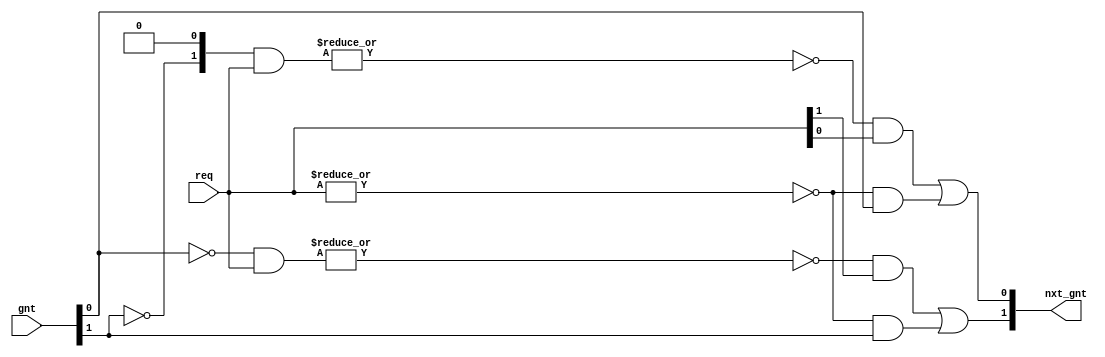
/**
 * This file is part of OpTiMSoC.
 * 
 * OpTiMSoC is free hardware: you can redistribute it and/or modify
 * it under the terms of the GNU Lesser General Public License as 
 * published by the Free Software Foundation, either version 3 of 
 * the License, or (at your option) any later version.
 *
 * As the LGPL in general applies to software, the meaning of
 * "linking" is defined as using the OpTiMSoC in your projects at
 * the external interfaces.
 * 
 * OpTiMSoC is distributed in the hope that it will be useful,
 * but WITHOUT ANY WARRANTY; without even the implied warranty of
 * MERCHANTABILITY or FITNESS FOR A PARTICULAR PURPOSE.  See the
 * GNU General Public License for more details.
 *
 * You should have received a copy of the GNU Lesser General Public 
 * License along with OpTiMSoC. If not, see <http://www.gnu.org/licenses/>.
 * 
 * =================================================================
 
 * This is a round-robin arbiter for N participants, which is a
 * parameter. The arbiter itself contains no register but is purely
 * combinational which allows for various use cases. It simply
 * calculates the next grant (nxt_gnt) based on the current grant
 * (gnt) and the requests (req).
 *
 * That means, the gnt should in general be a register and especially
 * there must be no combinational path from nxt_gnt to gnt!
 *
 * The normal usage is something like registering the gnt from
 * nxt_gnt. Furthermore it is important that the gnt has an initial
 * value which also must be one hot!
 * 
 * (c) 2013 by the author(s)
 * 
 * Author(s): 
 *    Stefan Wallentowitz, stefan.wallentowitz@tum.de
 */


module wb_interconnect_arb_rr(/*AUTOARG*/
   // Outputs
   nxt_gnt,
   // Inputs
   req, gnt
   );

   /* User parameters */
   // Number of participants
   parameter N = 2;

   /* Ports */
   // Request
   input [N-1:0] req;
   // Current grant
   input [N-1:0] gnt;
   // Next grant
   output [N-1:0] nxt_gnt;

   // Sanity check
   // synthesis translate_off
   always @(*)
     if (~^gnt)
       $fatal("signal <gnt> must always be one hot!");
   // synthesis translate_on
     
   
   // At a first glance, the computation of the nxt_gnt signal looks
   // strange, but the principle is easy:
   //
   //  * For each participant we compute a mask of width N. Based on
   //    the current gnt signal the mask contains a 1 at the position
   //    of other participants that will be served in round robin
   //    before the participant in case they request it.
   //
   //  * The mask is 0 on all positions for the participant "left" of
   //    the currently granted participant as no other has precedence
   //    over this one. The mask has all one except the participant
   //    itself for the currently arbitrated participant.
   //
   //  * From the mask and the request the nxt_gnt is calculated,
   //    roughly said as: if there is no other participant which has a
   //    higher precedence that also requests, the participant gets
   //    granted.
   //
   // Example 1:
   //  req     = 1010
   //  gnt     = 1000
   //  nxt_gnt = 0010
   //
   //  mask[0] = 0000
   //  mask[1] = 0001
   //  mask[2] = 0011
   //  mask[3] = 0111
   //   
   // Example 2:
   //  req     = 1010
   //  gnt     = 0100
   //  nxt_gnt = 1000
   //
   //  mask[0] = 1000
   //  mask[1] = 1001
   //  mask[2] = 1011
   //  mask[3] = 0000

   // Mask net
   reg [N-1:0]      mask [0:N-1];
   
   // Calculate the mask
   always @(*) begin : calc_mask
      integer            i,j;
      for (i=0;i<N;i=i+1) begin
         // Initialize mask as 0
         mask[i] = {N{1'b0}};

         // All participants to the "right" up to the current grant
         // holder have precendence and therefore a 1 in the mask.
         // First check if the next right from us has the grant.
         // Afterwards the mask is calculated iteratively based on
         // this.
         if(i>0)
           // For i=N:1 the next right is i-1
           mask[i][i-1] = ~gnt[i-1];
         else
           // For i=0 the next right is N-1
           mask[i][N-1] = ~gnt[N-1];

         // Now the mask contains a 1 when the next right to us is not
         // the grant holder. If it is the grant holder that means,
         // that we are the next served (if necessary) as no other has
         // higher precendence, which is then calculated in the
         // following by filling up 1s up to the grant holder. To stop
         // filling up there and not fill up any after this is
         // iterative by always checking if the one before was not
         // before the grant holder.
         for (j=2;j<N;j=j+1) begin
            if (i-j>=0)
              mask[i][i-j] = mask[i][i-j+1] & ~gnt[i-j];
            else if(i-j+1>=0)
              mask[i][i-j+N] = mask[i][i-j+1] & ~gnt[i-j+N];
            else
              mask[i][i-j+N] = mask[i][i-j+N+1] & ~gnt[i-j+N];
         end
      end
   end // always @ (*)

   // Calculate the nxt_gnt
   genvar k;
   generate
      for (k=0;k<N;k=k+1) begin : gen_nxt_gnt
         // (mask[k] & req) masks all requests with higher precendence
         // Example 1: 0: 0000  1: 0000  2: 0010  3: 0010
         // Example 2: 0: 1000  1: 1000  2: 1010  3: 0000
         //
         // ~|(mask[k] & req) is there is none of them
         // Example 1: 0: 1  1: 1  2: 0  3: 0
         // Example 2: 1: 0  1: 0  2: 0  3: 1
         //
         // One might expect at this point that there was only one of
         // them that matches, but this is guaranteed by the last part
         // that is checking if this one has a request itself. In
         // example 1, k=0 does not have a request, if it had, the
         // result of the previous calculation would be 0 for k=1.
         // Therefore: (~|(mask[k] & req) & req[k]) selects the next one.
         // Example 1: 0: 0  1: 1  2: 0  3: 0
         // Example 2: 0: 0  1: 0  2: 0  3: 1
         //
         // This is already the result. (0010 and 1000). Nevertheless,
         // it is necessary to capture the case of no request at all
         // (~|req). In that case, nxt_gnt would be 0, what iself
         // leads to a problem in the next cycle (always grants).
         // Therefore the current gnt is hold in case of no request by
         // (~|req & gnt[k]).
         
         assign nxt_gnt[k] = (~|(mask[k] & req) & req[k]) | (~|req & gnt[k]);
      end
   endgenerate
endmodule // wb_interconnect_arb_rr